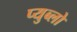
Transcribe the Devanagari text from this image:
प्युब्लो